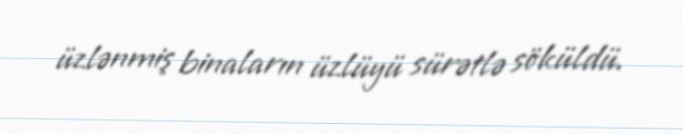
üzlənmiş binaların üzlüyü sürətlə söküldü.